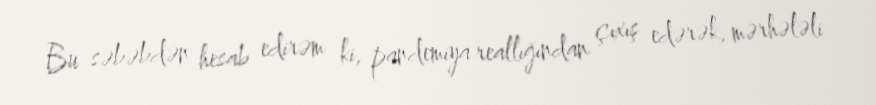
Bu səbəbdən hesab edirəm ki, pandemiya reallığından çıxış edərək, mərhələli